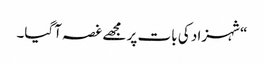
“شہزاد کی بات پر مجھے غصہ آگیا۔